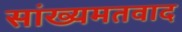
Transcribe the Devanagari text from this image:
सांख्यमतवाद